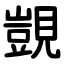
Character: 覬